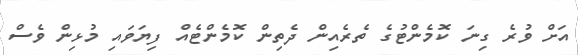
އަށް ވުރެ ގިނަ ކޮމެންޓުގެ ތެރެއިން ދެތިން ކޮމެންޓެއް ފިޔަވައި މުޅިން ވެސް